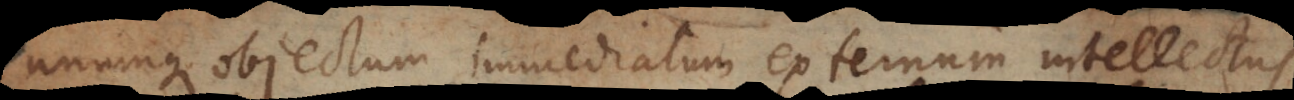
unumque objectum immediatum externum intellectus